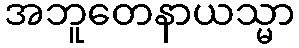
အဘူတေနာယသ္မာ